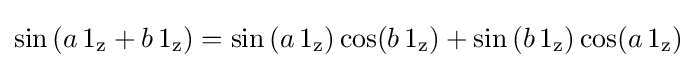
\sin \left(a\,1_{\text{z}}+b\,1_{\text{z}}\right)=\sin \left(a\,1_{\text{z}})\cos(b\,1_{\text{z}}\right)+\sin \left(b\,1_{\text{z}})\cos(a\,1_{\text{z}}\right)